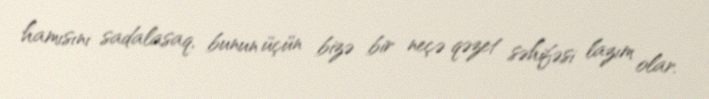
hamısını sadalasaq, bunun üçün bizə bir neçə qəzet səhifəsi lazım olar.